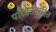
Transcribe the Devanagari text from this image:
परिवर्तनरहित